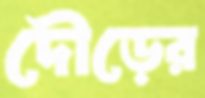
দৌড়ের